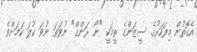
އެގޮތުން މިފަހަރުގެ ސީޒަންގެ ތީމަކީ "ނޯ ރަންގް" ނުވަތަ ނުވަ ކުލަ ކަމަށްވެ